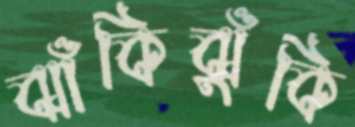
ঝাঁকিঝুঁকি